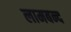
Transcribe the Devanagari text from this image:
लामबन्द